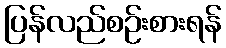
ပြန်လည်စဉ်းစားရန်